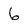
Character: 6